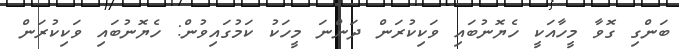
ބަންގި ގޮވާ މީހާއަކީ ހެޔޮނުބައި ވަކިކުރަން ދަންނަ މީހަކު ކަމުގައިވުން: ހެޔޮނުބައި ވަކިކުރަން